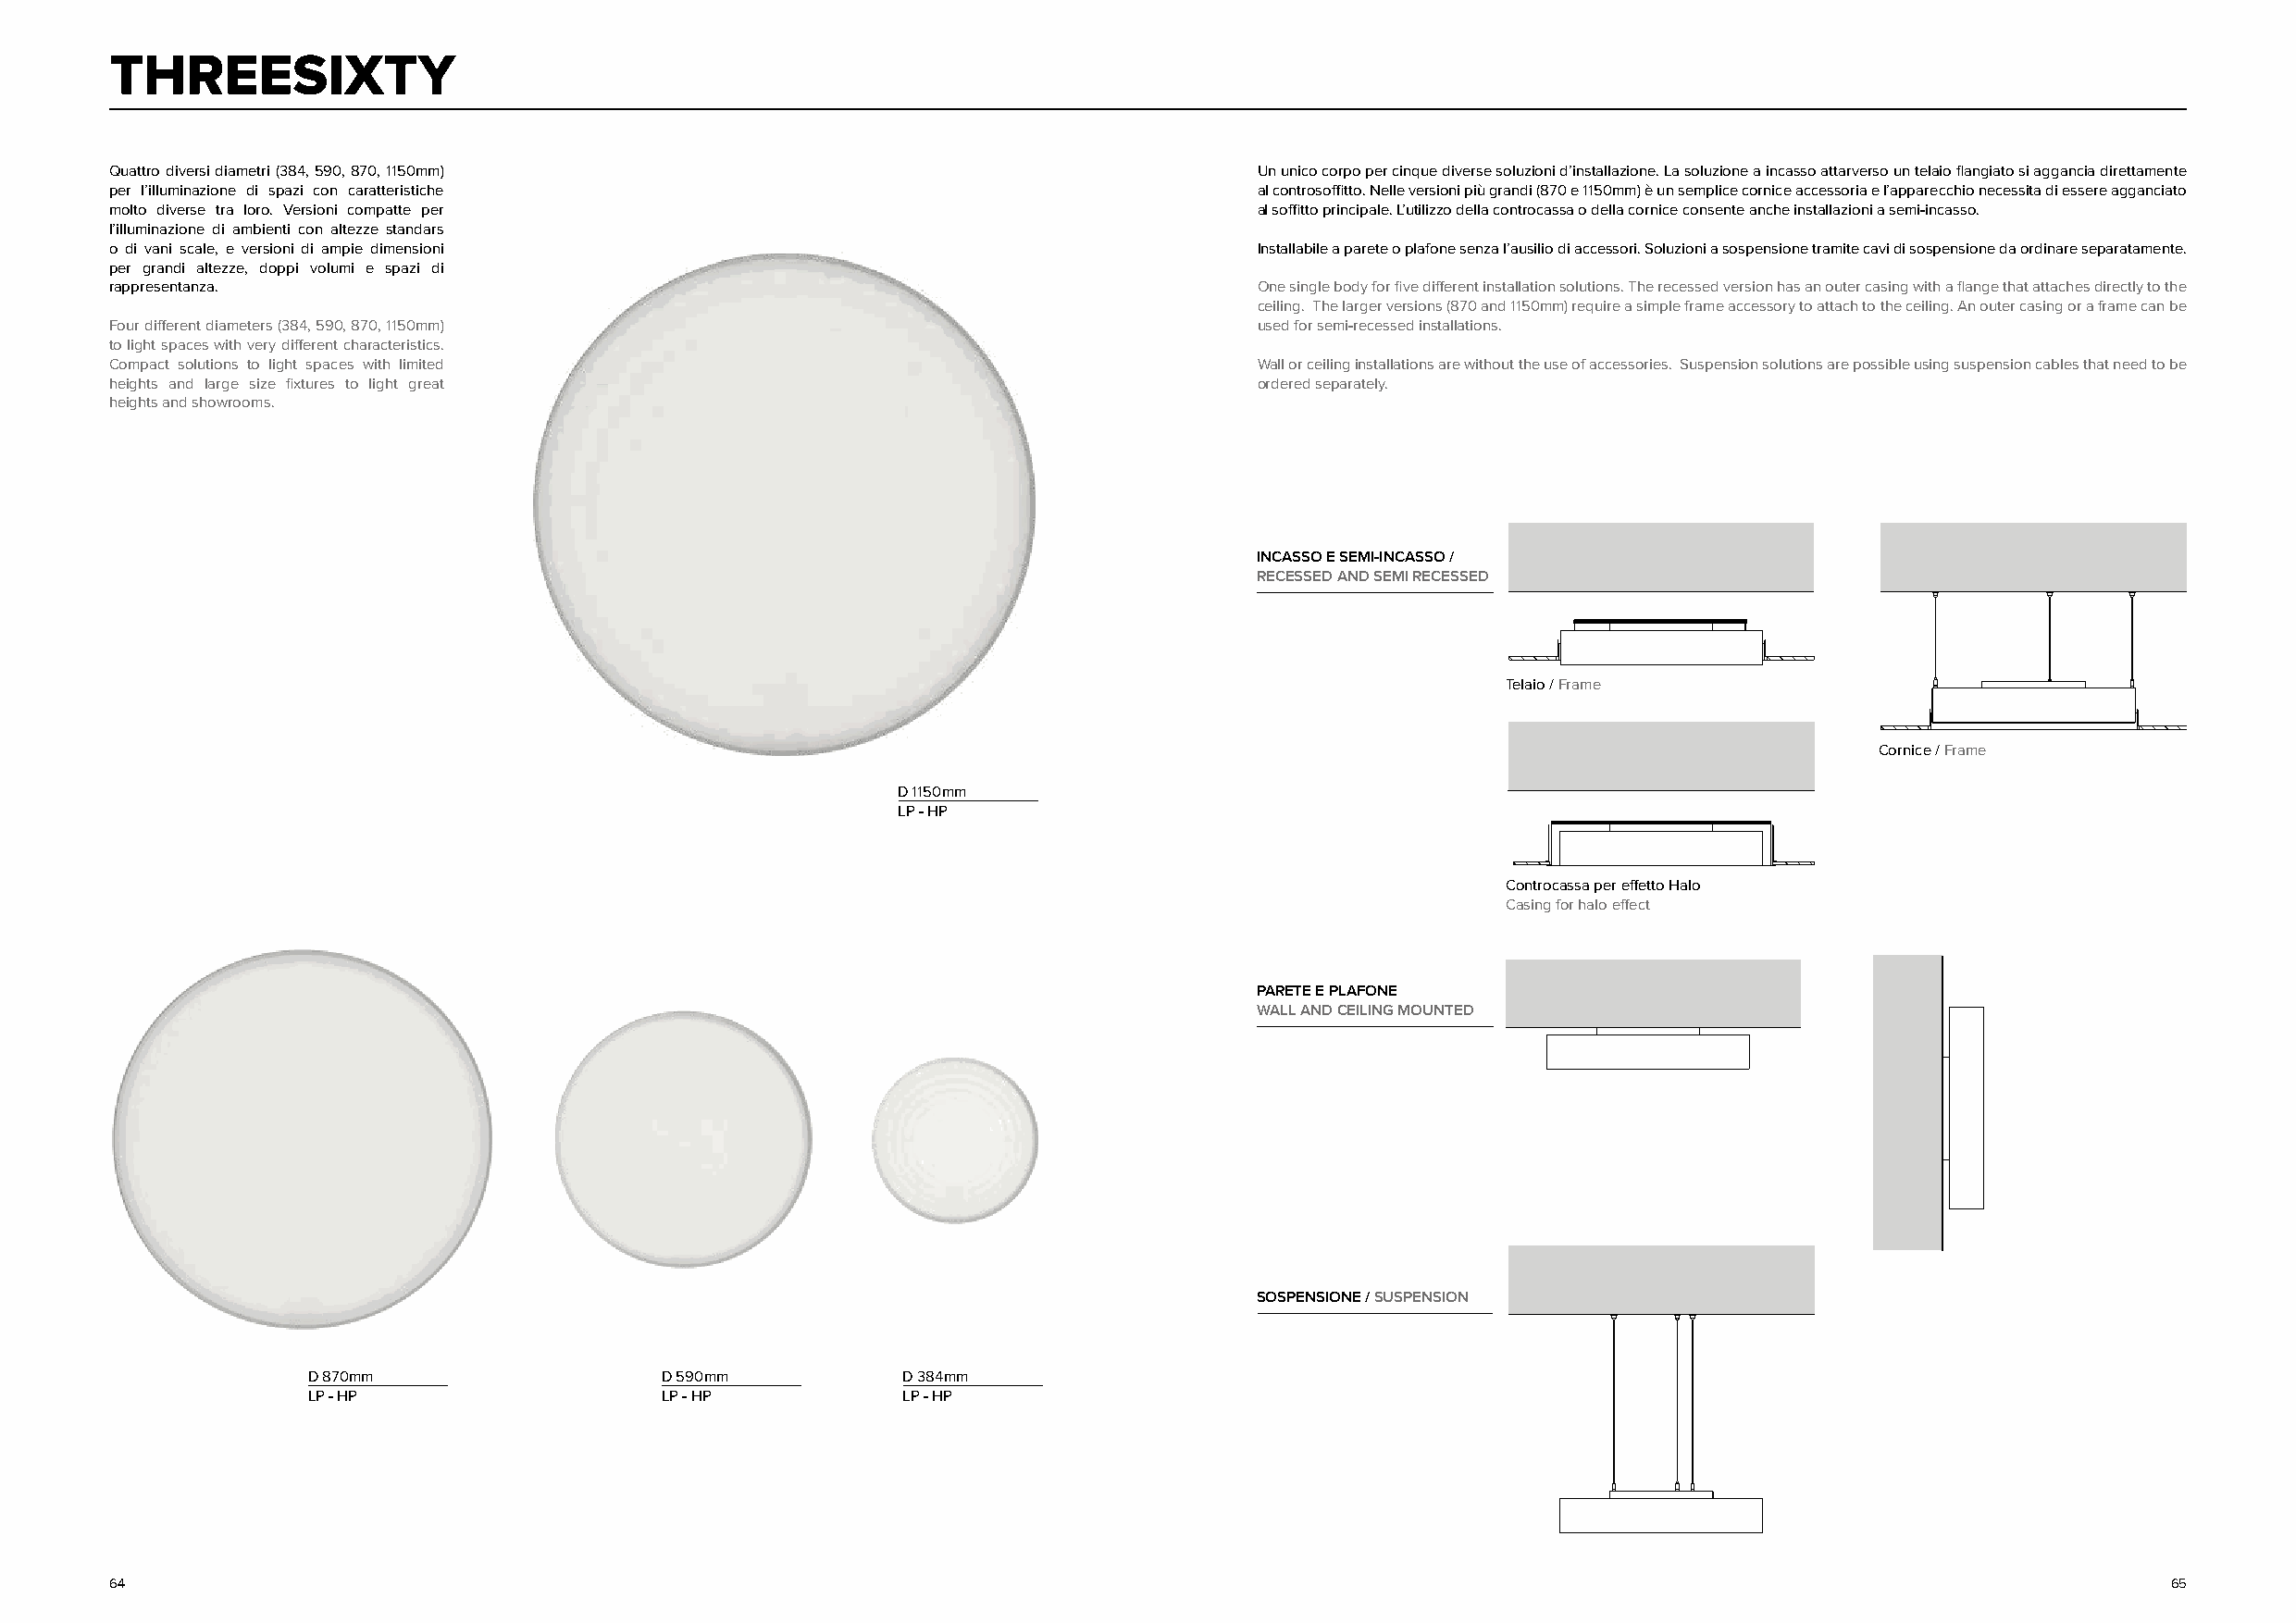
THREESIXTY
 Quattro diversi diametri (384, 590, 870, 1150mm)                                  Un unico corpo per cinque diverse soluzioni d’installazione. La soluzione a incasso attarverso un telaio flangiato si aggancia direttamente
 per l’illuminazione di spazi con caratteristiche                                  al controsoffitto. Nelle versioni più grandi (870 e 1150mm) è un semplice cornice accessoria e l’apparecchio necessita di essere agganciato
 molto diverse tra loro. Versioni compatte per                                     al soffitto principale. L’utilizzo della controcassa o della cornice consente anche installazioni a semi-incasso.
 l’illuminazione di ambienti con altezze standars
 o di vani scale, e versioni di ampie dimensioni                                   Installabile a parete o plafone senza l’ausilio di accessori. Soluzioni a sospensione tramite cavi di sospensione da ordinare separatamente.
 per grandi altezze, doppi volumi e spazi di
 rappresentanza.                                                                   One single body for five different installation solutions. The recessed version has an outer casing with a flange that attaches directly to the
 ceiling. The larger versions (870 and 1150mm) require a simple frame accessory to attach to the ceiling. An outer casing or a frame can be
 Four different diameters (384, 590, 870, 1150mm)                                  used for semi-recessed installations.
 to light spaces with very different characteristics.
 Compact solutions to light spaces with limited                                    Wall or ceiling installations are without the use of accessories. Suspension solutions are possible using suspension cables that need to be
 heights and large size fixtures to light great                                    ordered separately.
 heights and showrooms.
 INCASSO E SEMI-INCASSO /
 RECESSED AND SEMI RECESSED
 Telaio / Frame
 Cornice / Frame
 D 1150mm
 LP - HP
 Controcassa per effetto Halo
 Casing for halo effect
 PARETE E PLAFONE
 WALL AND CEILING MOUNTED
 SOSPENSIONE / SUSPENSION
 D 870mm                  D 590mm           D 384mm
 LP - HP                  LP - HP           LP - HP
 64                                                                                                                                                 65